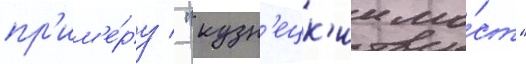
пр'им'е́ру / "кузн'ецк'ии мо́ст"